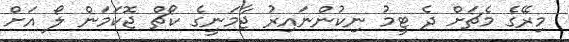
މިރޭގެ މެޗަށް ދެ ޓީމު ނިކުންނައިރު ޖާމަނީގެ ކޯޗް ޖޮކަމަން ލޯ އަށް